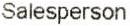
SALESPERSON